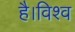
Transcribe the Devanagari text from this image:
है।विश्व